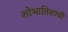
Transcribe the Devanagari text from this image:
शोभातिशायी